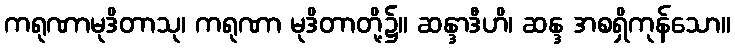
ကရုဏာမုဒိတာသု၊ ကရုဏာ မုဒိတာတို့၌။ ဆန္ဒာဒီဟိ၊ ဆန္ဒ အစရှိကုန်သော။